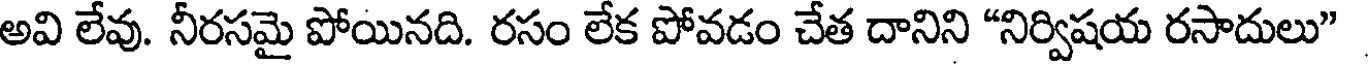
అవి లేవు. నీరసమై పోయినది. రసం లేక పోవడం చేత దానిని "నిర్విషయ రసాదులు"